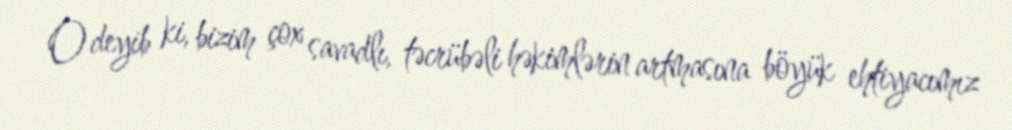
O deyib ki, bizim çox savadlı, təcrübəli həkimlərin artmasına böyük ehtiyacımız